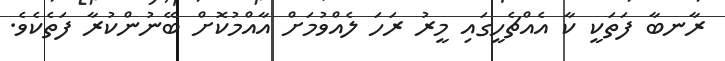
ރާނބާ ފަތަކީ ކާ އެއްޗެހީގައި މީރު ރަހަ ލެއްވުމަށް އާއްމުކޮށް ބޭނުންކުރާ ފަތެކެވެ.